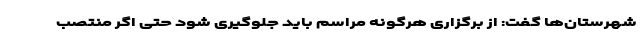
شهرستان‌ها گفت: از برگزاری هرگونه مراسم باید جلوگیری شود حتی اگر منتصب